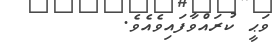
ވަޙީ ކުރައްވާފައިވެއެވެ.